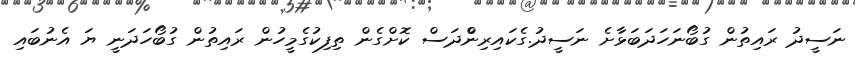
ނަސީދު ރައިތުން ގުބޯނަހަދަބަޅާށެ ނަސީދު.ގެކައިރިންްްދަސް ކޮށްގެން ތިފިކުގެމީހުން ރައިތުން ގުބޯހަދަނީ ޔަ އެނުބައި